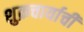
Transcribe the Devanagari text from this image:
शुक्रचार्याची